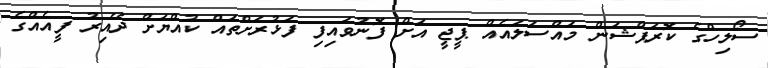
ސޯލިހްގެ ކޮރަޕްޝަން މައްސަލައެއް ޕީޖީ އަށް ފޮނުވައިފި ފަޅުރަށްތައް ކުއްޔަށް ދޭއިރު ފީއެއްގެ